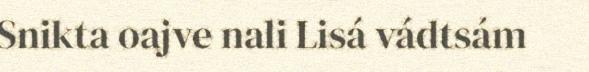
Snikta oajve nali Lisá vádtsám